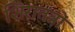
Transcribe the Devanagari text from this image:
शिरातंत्रों